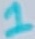
Text: 1